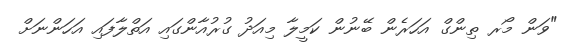
"ވަން މޯރ ތިންގް އަހަރެން ބޭނުން ކަމީލާ މިއަދު ގުރުއާންގައި އަތްލާފައި އަހަންނަށް